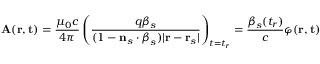
\mathbf { A } ( \mathbf { r } , \mathbf { t } ) = { \frac { \mu _ { 0 } c } { 4 \pi } } \left( { \frac { q { \boldsymbol { \beta } } _ { s } } { ( 1 - \mathbf { n } _ { s } \cdot { \boldsymbol { \beta } } _ { s } ) | \mathbf { r } - \mathbf { r } _ { s } | } } \right) _ { t = t _ { r } } = { \frac { { \boldsymbol { \beta } } _ { s } ( t _ { r } ) } { c } } \varphi ( \mathbf { r } , \mathbf { t } )